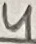
Text: 4